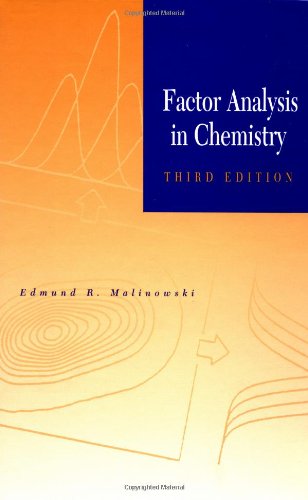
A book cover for Factor Analysis in Chemistry; Edmund R. Malinowski; Science & Math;